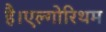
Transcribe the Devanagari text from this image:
है।एल्गोरिथम